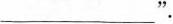
___".